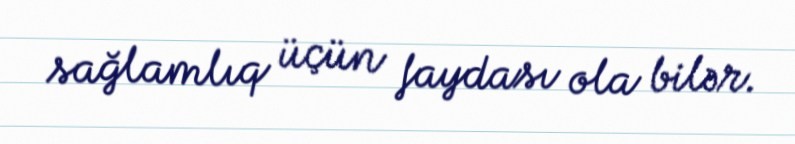
sağlamlıq üçün faydası ola bilər.